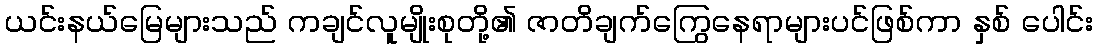
ယင်းနယ်မြေများသည် ကချင်လူမျိုးစုတို့၏ ဇာတိချက်ကြွေနေရာများပင်ဖြစ်ကာ နှစ် ပေါင်း